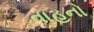
વાહનો